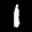
Label: 1